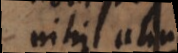
nihil aliud